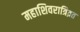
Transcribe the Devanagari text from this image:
महाशिवरात्रिव्रत